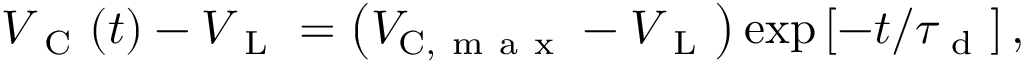
V _ { \mathrm { ~ C ~ } } ( t ) - V _ { \mathrm { ~ L ~ } } = \left( V _ { \mathrm { C } , \mathrm { ~ m ~ a ~ x ~ } } - V _ { \mathrm { ~ L ~ } } \right) \exp \left[ - t / \tau _ { \mathrm { ~ d ~ } } \right] ,